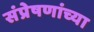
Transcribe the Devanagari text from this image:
संप्रेषणांच्या